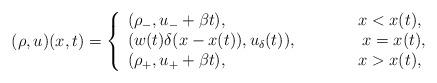
LaTeX: \begin{align*}(\rho,u)(x,t)=\left\{\begin{array}{ll}(\rho_-,u_-+\beta t),\ \ \ \ \ \ \ \ \ \ \ \ \ \ \ \ \ \ \ \ \ \ \ \ x<x(t),\\(w(t)\delta(x-x(t)),u_\delta(t)),\ \ \ \ \ \ \ \ \ \ \ \ x=x(t),\\(\rho_+,u_++\beta t),\ \ \ \ \ \ \ \ \ \ \ \ \ \ \ \ \ \ \ \ \ \ \ \ x>x(t),\end{array}\right.\end{align*}